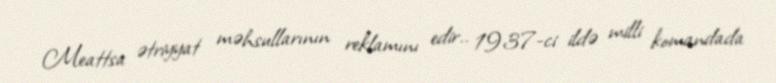
Meattsa ətriyyat məhsullarının reklamını edir.. 1937-ci ildə milli komandada